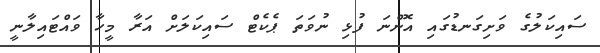
ސައިކަލުގެ ވަށިގަނޑުގައި އޮންނަ ފުޅި ނުވަތަ ޕެކެޓް ސައިކަލަށް އަރާ މީހާ ވައްޓައިލާނީ